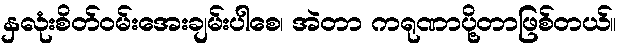
နှလုံးစိတ်ဝမ်းအေးချမ်းပါစေ၊ အဲတာ ကရုဏာပို့တာဖြစ်တယ်။